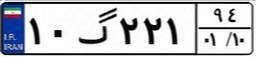
۱۰گ۲۲۱۹۴